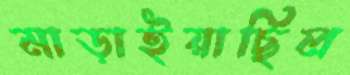
মাড়াইয়াছিল